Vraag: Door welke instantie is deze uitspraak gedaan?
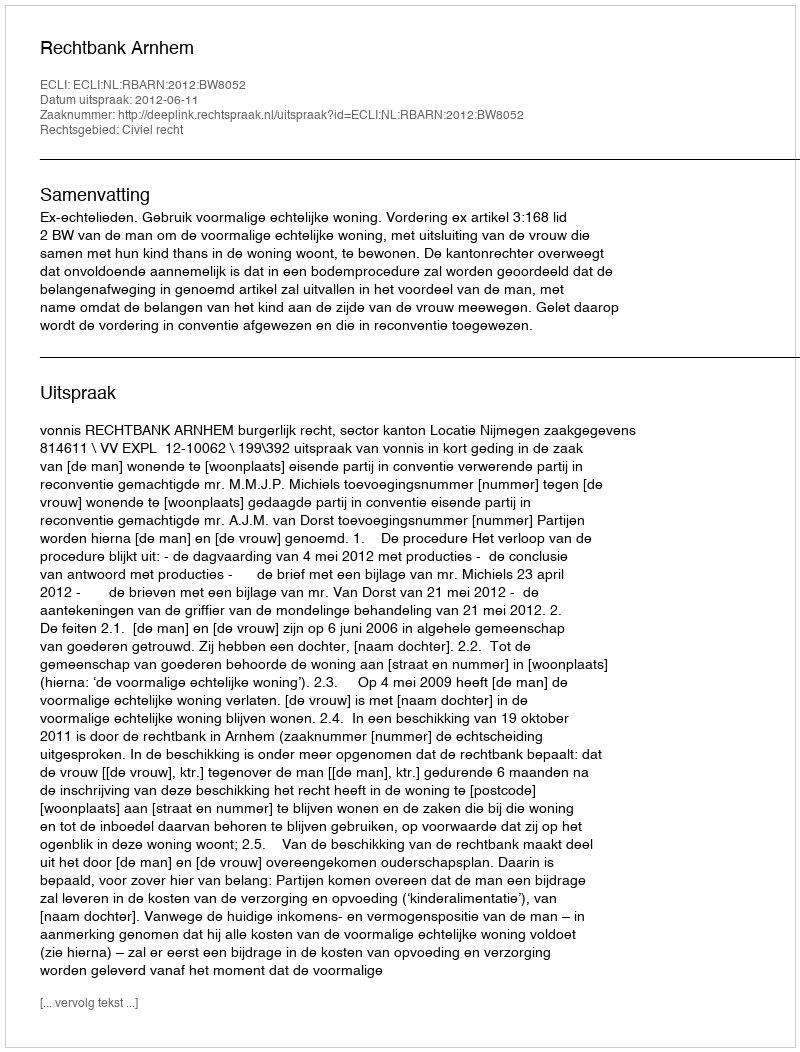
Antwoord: Rechtbank Arnhem